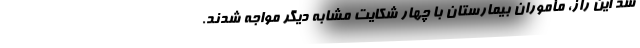
شد این راز، مأموران بیمارستان با چهار شکایت مشابه دیگر مواجه شدند.